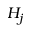
H _ { j }